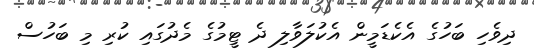
ދިވެހި ބަހުގެ އެކެޑަމީން އެކުލަވާލި ދެ ޓީމުގެ މެދުގައި ކުރި މި ބަހުސް